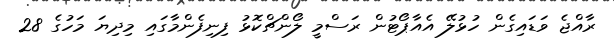
ރާއްޖެ ވަޑައިގެން ހުޅުލޭ އެއާޕޯޓުން ރަސްމީ ލޯންޗްކޮޅު ފިނިފެންމާގައި މިދިޔަ މަހުގެ 28